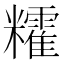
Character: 𥽥